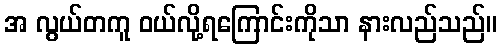
အ လွယ်တကူ ဝယ်လို့ရကြောင်းကိုသာ နားလည်သည်။